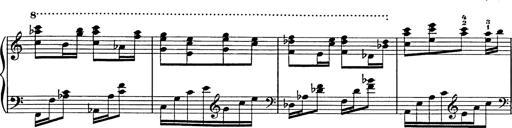
Title: Galop in A minor
Composer: Franz Liszt
Key: A minor